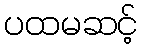
ပထမဆင့်